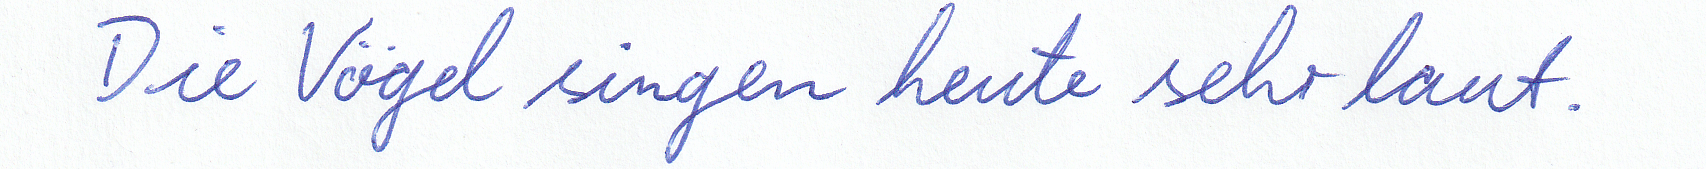
Die Vögel singen heute sehr laut.